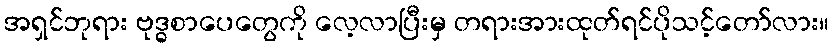
အရှင်ဘုရား ဗုဒ္ဓစာပေတွေကို လေ့လာပြီးမှ တရားအားထုတ်ရင်ပိုသင့်တော်လား။